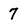
Character: 7